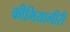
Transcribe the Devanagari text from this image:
कीमियागीरी